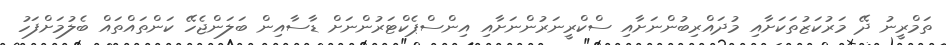
ތަމްރީނު ދޭ މަރުކަޒުތަކަށާއި މުދައްރިބުންނަށާއި ސްކްރީނަރުންނަށާއި އިންސްޕެކްޓަރުންނަށް ޑާސާއިން ބަލަންޖެހޭ ކަންތައްތައް ބެލުމަށްފަހު